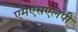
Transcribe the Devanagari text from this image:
एमएसएलपी